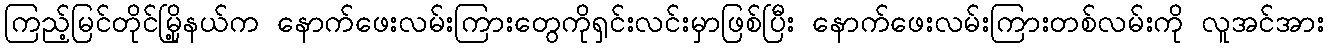
ကြည့်မြင်တိုင်မြို့နယ်က နောက်ဖေးလမ်းကြားတွေကိုရှင်းလင်းမှာဖြစ်ပြီး နောက်ဖေးလမ်းကြားတစ်လမ်းကို လူအင်အား